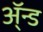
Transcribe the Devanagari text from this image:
ॲ्न्ड